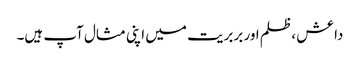
داعش ، ظلم اور بربریت میں اپنی مثال آپ ہیں۔